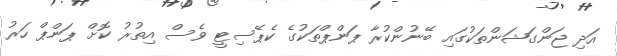
އަދި ޖަންގަޝަންތަކުގައި ބޭނުންކުރާ ޕަންޕްތަކުގެ ކެޕޭސިޓީ ވެސް އިތުރު ކޮށް ޕަންޕް ހަރު